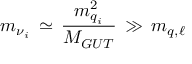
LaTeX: m _ { { \nu } _ { i } } \, \simeq \, { \frac { m _ { q _ { i } } ^ { 2 } } { M _ { G U T } } } \, \gg \, m _ { q , \ell }